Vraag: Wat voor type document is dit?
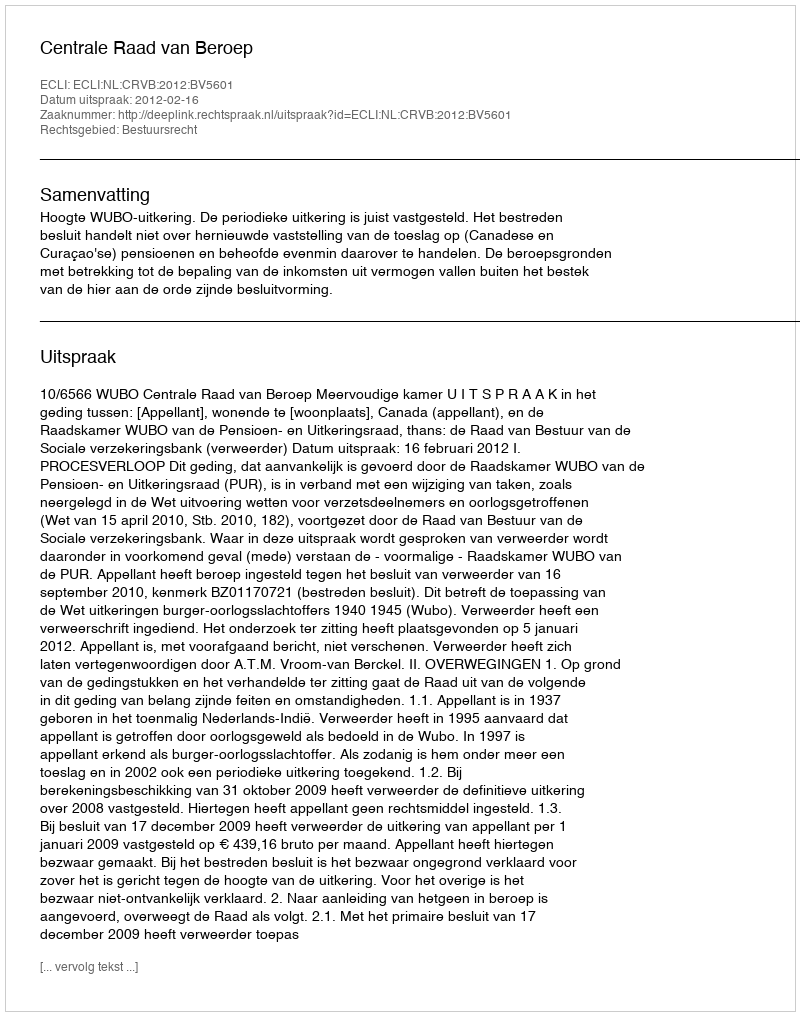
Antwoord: Uitspraak